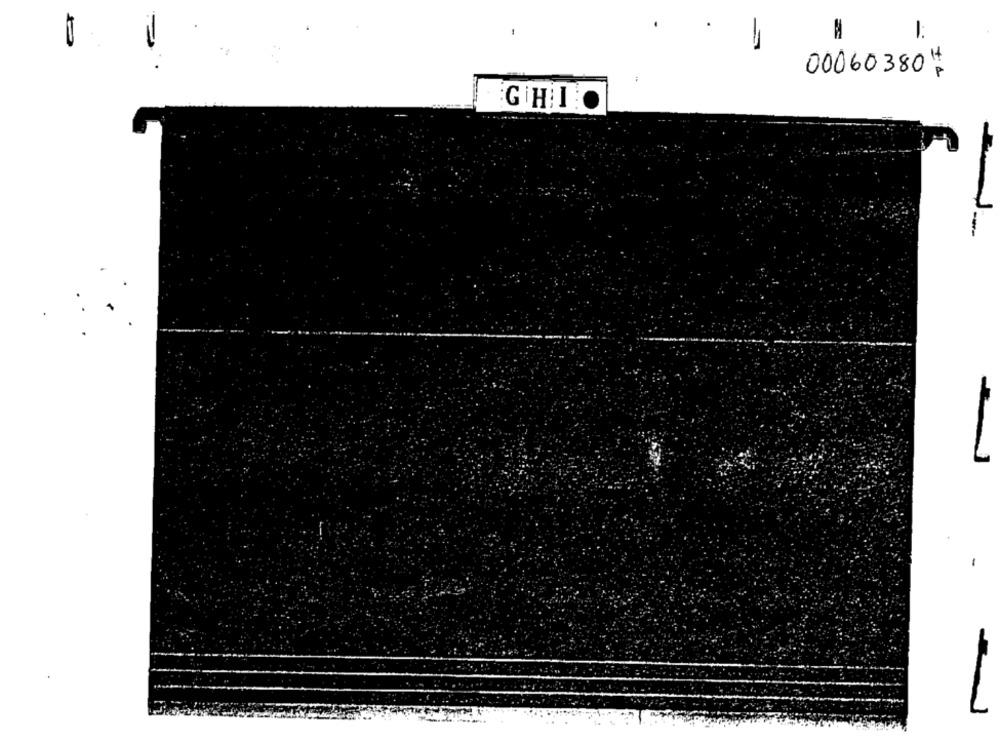
-
00060 380
.